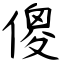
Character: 傻